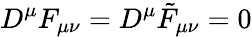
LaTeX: D^{\mu}F_{\mu\nu}=D^{\mu}\tilde{F}_{\mu\nu}=0